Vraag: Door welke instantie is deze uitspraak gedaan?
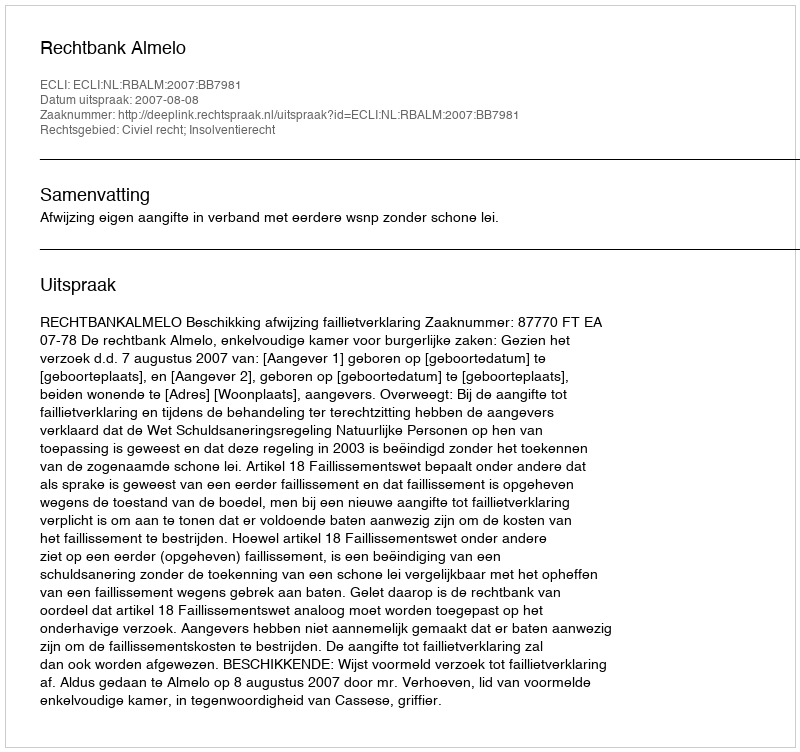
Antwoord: Rechtbank Almelo